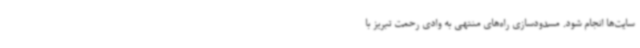
سایت‌ها انجام شود. مسدودسازی راه‌های منتهی به وادی رحمت تبریز با